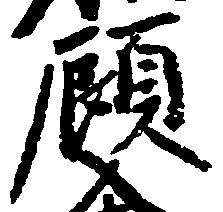
顧